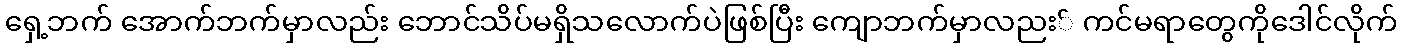
ရှေ့ဘက် အောက်ဘက်မှာလည်း ဘောင်သိပ်မရှိသလောက်ပဲဖြစ်ပြီး ကျောဘက်မှာလညး် ကင်မရာတွေကိုဒေါင်လိုက်